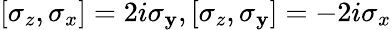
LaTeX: [\sigma_{z},\sigma_{x}]=2i\sigma_{\mathbf{y}},[\sigma_{z},\sigma_{\mathbf{y}}]=-2i\sigma_{x}